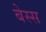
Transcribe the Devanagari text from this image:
बेस्स